Report on the lunatic asylums in Bengal - 1862-
Year: 1862
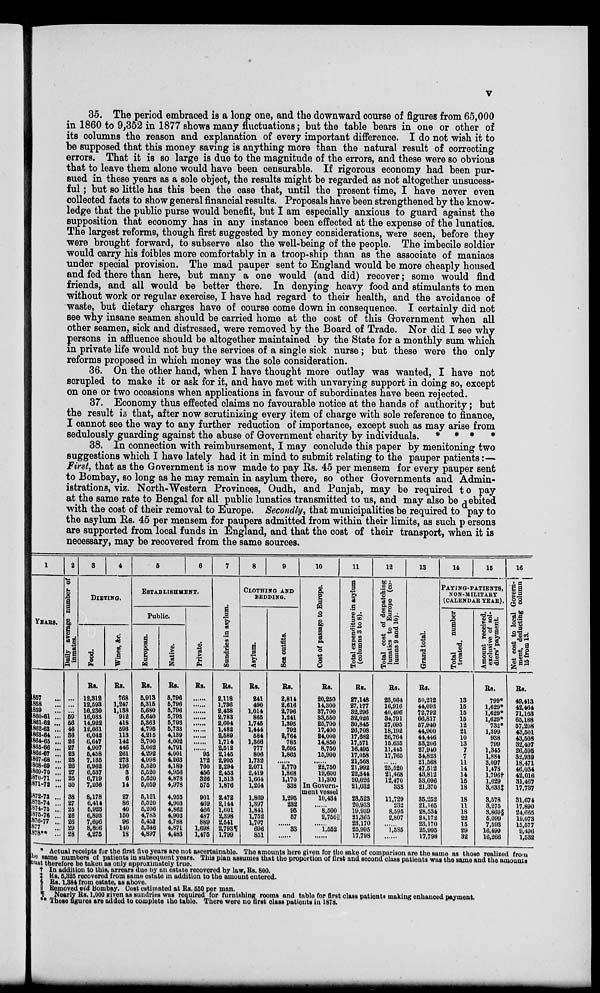
v
35. The period embraced is a long one, and the downward course of figures from 65,000
in 1860 to 9,352 in 1877 shows many fluctuations; but the table bears in one or other of
its columns the reason and explanation of every important difference. I do not wish it to
be supposed that this money saving is anything more than the natural result of correcting
errors. That it is so large is due to the magnitude of the errors, and these were so obvious
that to leave them alone would have been censurable. If rigorous economy had been pur-
sued in these years as a sole object, the results might be regarded as not altogether unsucess-
ful; but so little has this been the case that, until the present time, I have never even
collected facts to show general financial results. Proposals have been strengthened by the know-
ledge that the public purse would benefit, but I am especially anxious to guard against the
supposition that economy has in any instance been effected at the expense of the lunatics.
The largest reforms, though first suggested by money considerations, were seen, before they
were brought forward, to subserve also the well-being of the people. The imbecile soldier
would carry his foibles more comfortably in a troop-ship than as the associate of maniacs
under special provision. The mad pauper sent to England would be more cheaply housed
and fed there than here, but many a one would (and did) recover; some would find
friends, and all would be better there. In denying heavy food and stimulants to men
without work or regular exercise, I have had regard to their health, and the avoidance of
waste, but dietary charges have of course come down in consequence. I certainly did not
see why insane seamen should be carried home at the cost of this Government when all
other seamen, sick and distressed, were removed by the Board of Trade. Nor did I see why
persons in affluence should be altogether maintained by the State for a monthly sum which
in private life would not buy the services of a single sick nurse ; but these were the only
reforms proposed in which money was the sole consideration.
36. On the other hand, when I have thought more outlay was wanted, I have not
scrupled to make it or ask for it, and have met with unvarying support in doing so, except
on one or two occasions when applications in favour of subordinates have been rejected.
37. Economy thus effected claims no favourable notice at the hands of authority; but
the result is that, after now scrutinizing every item of charge with sole reference to finance,
I cannot see the way to any further reduction of importance, except such as may arise from
sedulously guarding against the abuse of Government charity by individuals. * * * *
38. In connection with reimbursement, I may conclude this paper by menitoning two
suggestions which I have lately had it in mind to submit relating to the pauper patients:—
First, that as the Government is now made to pay Rs. 45 per mensem for every pauper sent
to Bombay, so long as he may remain in asylum there, so other Governments and Admin-
istrations, viz. North-Western Provinces, Oudh, and Panjab, may be required to pay
at the same rate to Bengal for all public lunatics transmitted to us, and may also be debited
with the cost of their removal to Europe. Secondly, that municipalities be required to pay to
the asylum Rs. 45 per mensem for paupers admitted from within their limits, as such persons
are supported from local funds in England, and that the cost of their transport, when it is
necessary, may be recovered from the same sources.
1
YEARS.
1857
...
1858 ...
1859 ...
1860-61 ...
1861-62 ...
1862-63 ...
1863-64 ...
1864-65 ...
1865-66 ...
1866-67 ...
1867-68 ...
1868-69 ...
1869-70 ...
1870-71 ...
1871-72 ...
1872-73 ...
1873-74 ...
1874-75 ...
1875-76 ...
1876-77 ...
1877 ...
1878** ...
2
Daily average number of
inmates.
...
...
...
59
56
46
36
26
27
23
25
26
27
25
30
38
27
25
26
26
29
28
3
4
DITEING.
Food.
Rs.
12,312
12,593
16,230
16,033
14,922
12,661
6,042
6,647
4,907
5,458
7,185
6,962
6,537
6,719
7,266
8,178
6,414
5,923
6,893
7,696
8,866
4,275
Wines, &c.
Rs.
768
1,247
1,138
912
418
593
113
142
446
261
273
196
3
6
14
27
86
40
150
96
140
18
5
6
ESTABLISHMENT.
Public.
European.
Rs.
5,913
5,315
5,680
5,640
5,363
4,795
4,215
3,700
3,062
4,292
4,998
5,520
5,520
5,520
5,059
5,121
5,520
5,206
4,783
5,453
5,346
4,897
Native.
Rs.
5,796
5,796
5,796
5,793
5,793
5,733
4,189
4,002
4,791
4,001
4,263
4,189
4,956
4,878
4,978
4,955
4,903
4,862
4,902
4,788
4,871
4,483
Private.
Rs.
......
......
......
......
......
......
......
......
......
95
172
760
456
326
575
901
469
466
487
889
1,698
1,475
7
Sundries in asylum.
Rs.
2,118
1,736
2,438
2,783
2,604
1,482
2,589
1,714
2,512
2,145
2,995
2,294
2,453
1,513
1,876
2,472
2,144
1,601
2,398
2,541
2.793¶
1,799
8
9
CLOTHING AND
BEDDING.
Asylum.
Rs.
241
490
1,014
865
1,745
1,444
584
1,366
777
806
1,732
2,071
2,419
1,664
1,264
1,869
1,397
1,841
1,752
1,707
696
851
Sea outfits.
Rs.
2,814
2,616
2,796
1,241
1,395
792
2,764
785
2,695
1,865
......
2,770
1,868
1,170
338
1,295
232
95
57
......
33
......
10
Cost of passage to Europe.
Rs.
20,250
14,300
37,700
33,550
25,700
17,400
24,000
14,850
8,750
15,900
......
22,750
19,600
11,300
In Govern-
ment vessel
10,434
......
8,500
2,750
......
1,552
......
11
Total expenditure in asylum
(columns 3 to 8).
Rs.
27,148
27,177
32,296
32,026
30,845
26,708
17,682
17,571
16,495
17,058
21,568
21,992
22,344
20,626
21,032
23,523
20,933
19,939
21,305
23,170
25,995
17,798
12
Total cost of despatching
lunatics to Europe (co-
lumns 9 and 10).
Rs.
23,064
16,916
40,496
34,791
27,095
18,192
26,764
15.635
11,445
17,765
......
25,520
21,468
12,470
338
11,729
232
8,595
2,807
......
1,585
......
13
Grand total.
Rs.
50,212
44,093
72,792
66,817
57,940
44,900
44,446
33,206
27,940
34,823
21,568
47,512
43,812
33,096
21,370
35,252
21,165
28,534
24,172
23,170
25,995
17,798
14
15
PAYING-PATIENTS,
NON-MILITARY
(CALENDER YEAR).
Total
number
treated.
13
15
15
15
12
21
10
13
7
7
11
14
14
15
18
18
11
18
22
15
29
32
Amount received,
exclusive of sol-
diers' payment,
Rs.
799*
1,629*
1,629*
1,629*
732*
1,399
938
799
1,345
1,884
3,097
1,478
l,796†
1,629
3,633‡
3,578
3,275
3,869§
5,099
7,593
16,499
16,266
16
Net cost to local Govern-
ment, deducting column
15 from 13.
Rs.
49,413
42,464
71,163
65,188
57,208
43,501
43,508
32,407
26,595
32,939
18,471
46,034
42,016
31,467
17,737
31,674
17,890
24,665
19,073
15,577
9,496
1,532
* Actual receipts for the first five years are not ascertainable. The amounts here given for the sake of comparison are the same as those realized from
the same numbers of patients in subsequent years. This plan assumes that the proportion of first and second class patients was the same and the amounts
must therefore be taken as only approximately true.
† In addition to this, arrears due by an estate recovered by law, Rs. 800.
‡ Rs. 5,325 recovered from same estate in addition to the amount entered.
§ Rs. 1,884 from estate, as above.
|| Removed vid Bombay. Cost estimated at Rs. 550 per man.
¶ Nearly Rs. 1,000 given as sundries was required for furnishing rooms and table for first class patients making enhanced payment.
** These figures are added to complete the table. There were no first class patients in 1878.